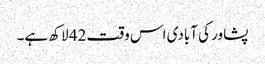
پشاور کی آبادی اس وقت 42 لاکھ ہے۔